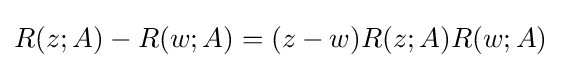
R(z;A)-R(w;A)=(z-w)R(z;A)R(w;A)